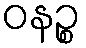
ဝနဉ္စ